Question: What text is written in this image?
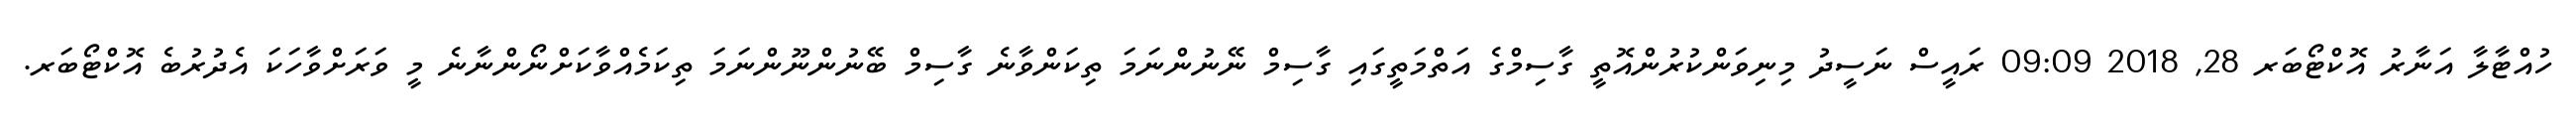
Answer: ހުއްޓާލާ އަނާރު އޮކްޓޯބަރ 28, 2018 09:09 ރައީސް ނަސީދު މިނިވަންކުރުންއޮތީ ގާސިމްގެ އަތްމަތީގައި ގާސިމް ނޭނުންނަމަ ތިކަންވާނެ ގާސިމް ބޭނުންނޫންނަމަ ތިކަމެއްވާކަށްނޯންނާނެ މީ ވަރަށްވާހަކަ އެދުރުބެ އޮކްޓޯބަރ.